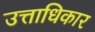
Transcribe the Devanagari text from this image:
उत्ताधिकार